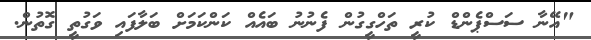
"އޭނާ ސަސްޕެންޑް ކުރީ ތަހްގީގުން ފެނުނު ބައެއް ކަންކަމަށް ބަލާފައި ވަގުތީ ގޮތުން.